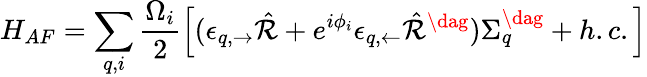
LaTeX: H_{AF}=\sum_{q,i}\frac{\Omega_{i}}{2}\left[(\epsilon_{q,\rightarrow}\hat{\mathcal{R}}+e^{i\phi_{i}}\epsilon_{q,\leftarrow}\hat{\mathcal{R}}^{\dag})\Sigma_{q}^{\dag}+h.c.\right]